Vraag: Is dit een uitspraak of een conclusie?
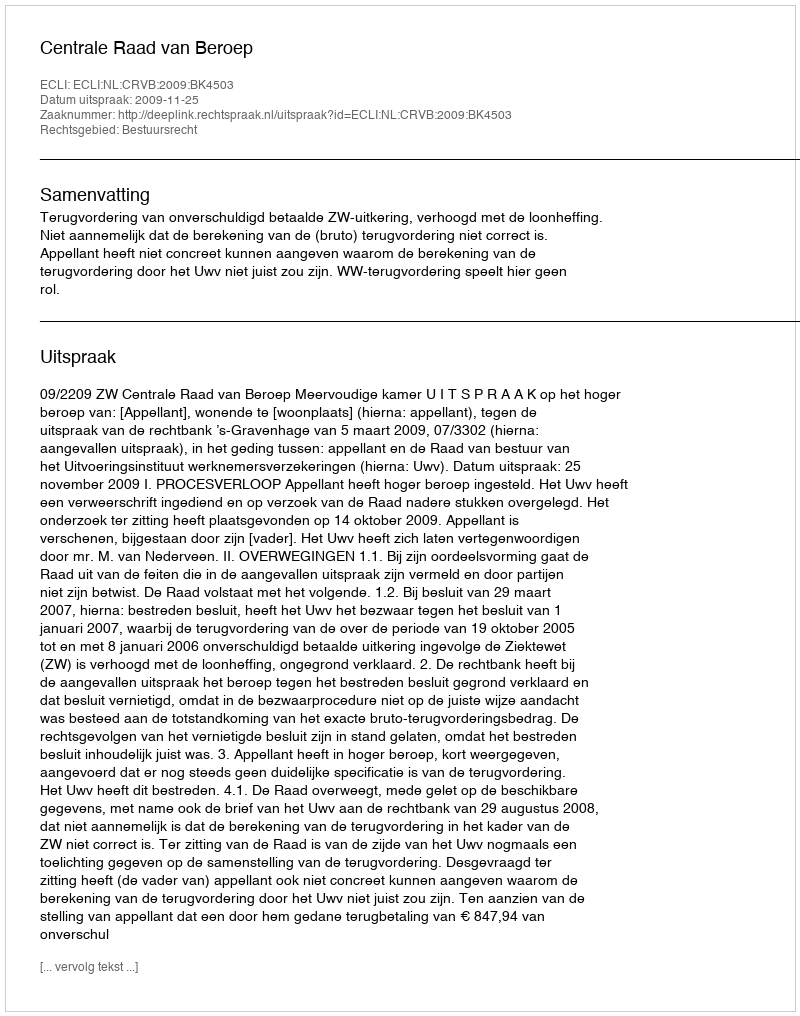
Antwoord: Uitspraak